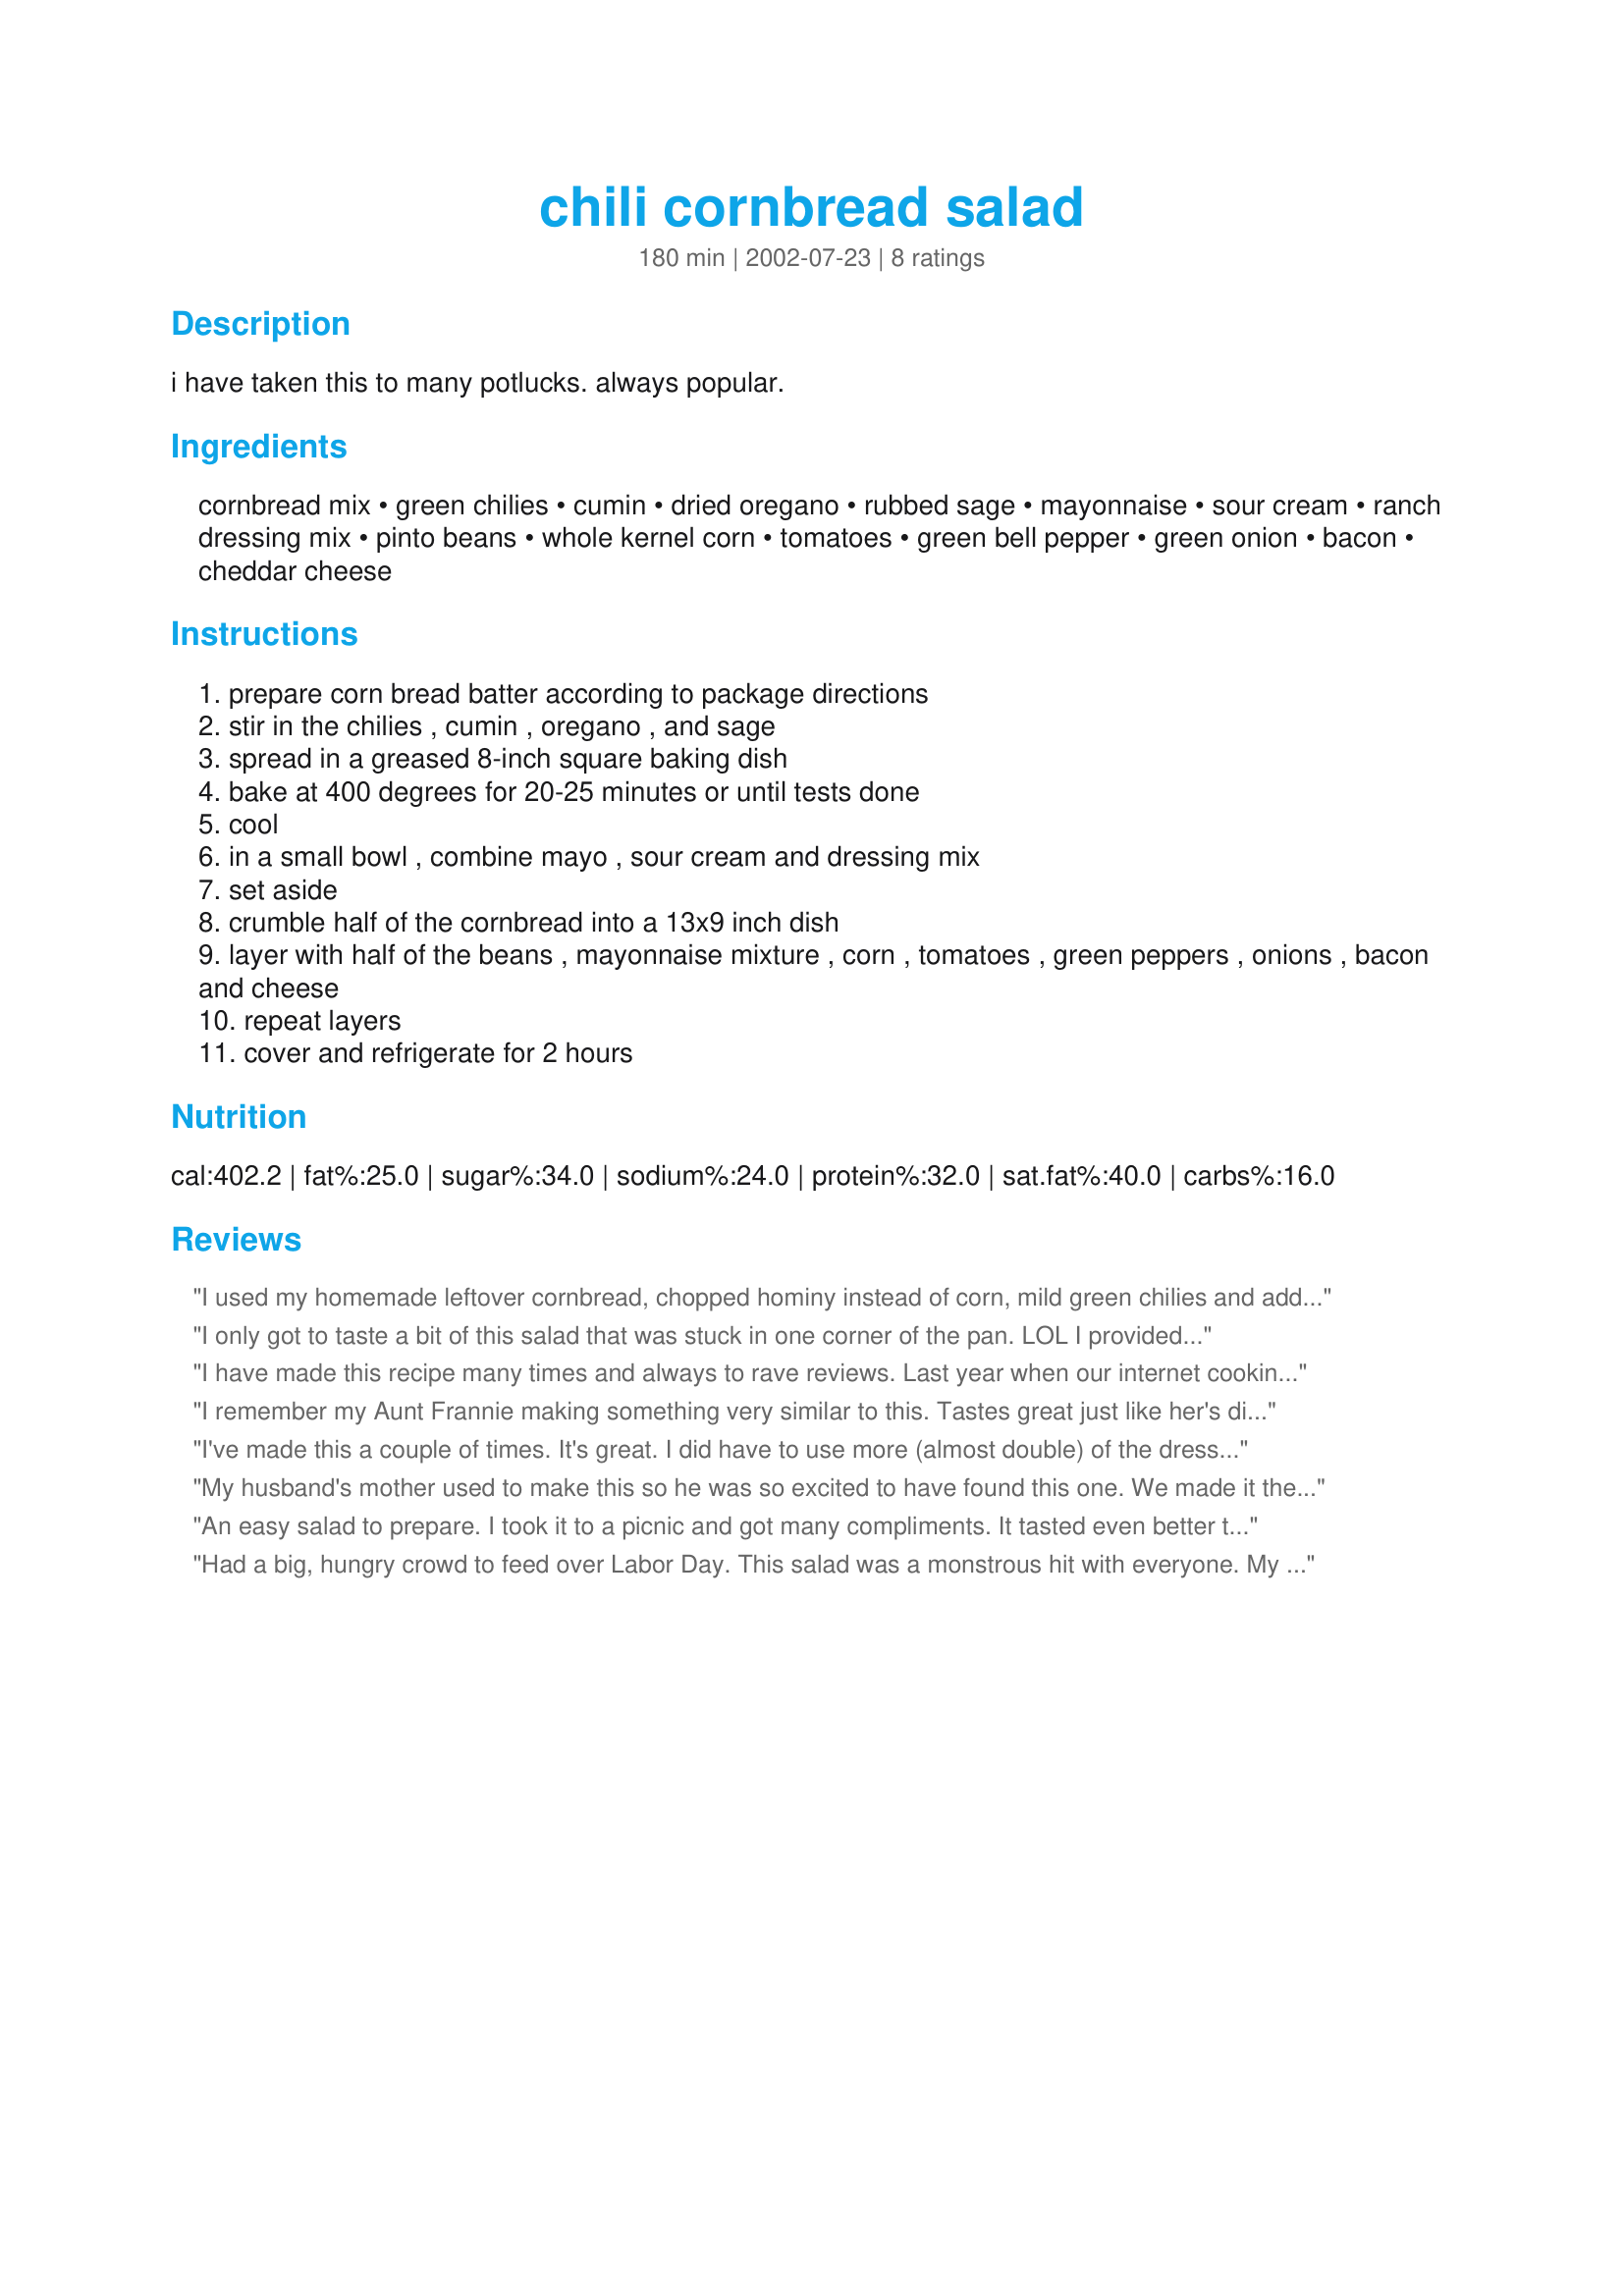
chili cornbread salad
Preparation time: 180 minutes

i have taken this to many potlucks. always popular.

Ingredients:
cornbread mix, green chilies, cumin, dried oregano, rubbed sage, mayonnaise, sour cream, ranch dressing mix, pinto beans, whole kernel corn, tomatoes, green bell pepper, green onion, bacon, cheddar cheese

Steps:
prepare corn bread batter according to package directions
stir in the chilies , cumin , oregano , and sage
spread in a greased 8-inch square baking dish
bake at 400 degrees for 20-25 minutes or until tests done
cool
in a small bowl , combine mayo , sour cream and dressing mix
set aside
crumble half of the cornbread into a 13x9 inch dish
layer with half of the beans , mayonnaise mixture , corn , tomatoes , green peppers , onions , bacon and cheese
repeat layers
cover and refrigerate for 2 hours

Reviews:
I used my homemade leftover cornbread, chopped hominy instead of corn, mild green chilies and added all the rest. Hormel precooked bacon pieces also. I also added some chili powder. Very good.
I didn't have green onions, so chopped white ones.
I only got to taste a bit of this salad that was stuck in one corner of the pan. LOL I provided it as my donation to a salad bar at the area community center dinner. Everyone seemed to love it, as the pan was virtually empty. The bit that I did get to taste had a nice combo of flavors. The green chilies and herbs are a nice addition to the cornbread and everything else complements it well. Thanks for posting a winner.
I have made this recipe many times and always to rave reviews. Last year when our internet cooking club met I served this and thats all they talked about! It makes such a large amount we ate on it (along with other goodies)all weekend.
I remember my Aunt Frannie making something very similar to this. Tastes great just like her's did. I made this the other night and we are still eating on it. It does make quite a lot. Very yummy and got the thumbs up from my family.
I've made this a couple of times. It's great. I did have to use more (almost double) of the dressing. I like to also add chopped fajita chicken strips to the bread layer of the salad. It's really a keeper recipe!! Thanks.
My husband's mother used to make this so he was so excited to have found this one. We made it the other night and were totally thrilled with it. This is full of good stuff. I served this over a bed of lettuce. The dressing is spicy and I would highly recommend this to anyone.
An easy salad to prepare. I took it to a picnic and got many compliments. It tasted even better the next day.
Had a big, hungry crowd to feed over Labor Day. This salad was a monstrous hit with everyone. My dish was just about overflowing but I managed to get everything in there. Makes a lot but there wasn't one morsel left at the end of the day. A winner in my book. Thanks.
